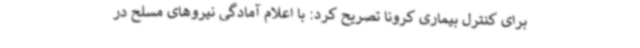
برای کنترل بیماری کرونا تصریح کرد: با اعلام آمادگی نیروهای مسلح در